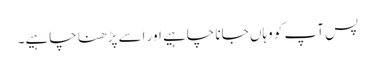
پس آپ کو وہاں جانا چاہیے اور اسے پڑھنا چاہیے۔